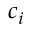
c _ { i }